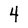
Character: 4